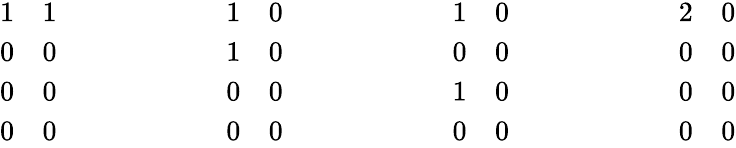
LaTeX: \begin{array}{r}{\begin{array}{ll}{1}&{1}\\ {0}&{0}\end{array}\qquad\qquad\qquad\begin{array}{ll}{1}&{0}\\ {1}&{0}\end{array}\qquad\qquad\qquad\begin{array}{ll}{1}&{0}\\ {0}&{0}\end{array}\qquad\qquad\qquad\begin{array}{ll}{2}&{0}\\ {0}&{0}\end{array}}\\ {\begin{array}{ll}{0}&{0}\\ {0}&{0}\end{array}\qquad\qquad\qquad\begin{array}{ll}{0}&{0}\\ {0}&{0}\end{array}\qquad\qquad\qquad\begin{array}{ll}{1}&{0}\\ {0}&{0}\end{array}\qquad\qquad\qquad\begin{array}{ll}{0}&{0}\\ {0}&{0}\end{array}}\end{array}